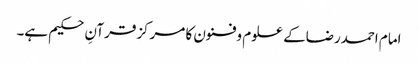
امام احمدرضاکے علوم وفنون کا مرکزقرآنِ حکیم ہے۔